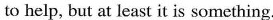
to help, but at least it is something.